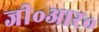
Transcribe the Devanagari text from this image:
जी॰आर॰